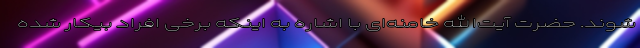
شوند. حضرت آیت‌الله خامنه‌ای با اشاره به اینکه برخی افراد بیکار شده